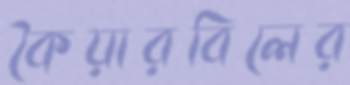
কৈয়ারবিলের